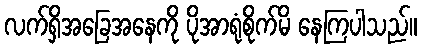
လက်ရှိအခြေအနေကို ပိုအာရုံစိုက်မိ နေကြပါသည်။